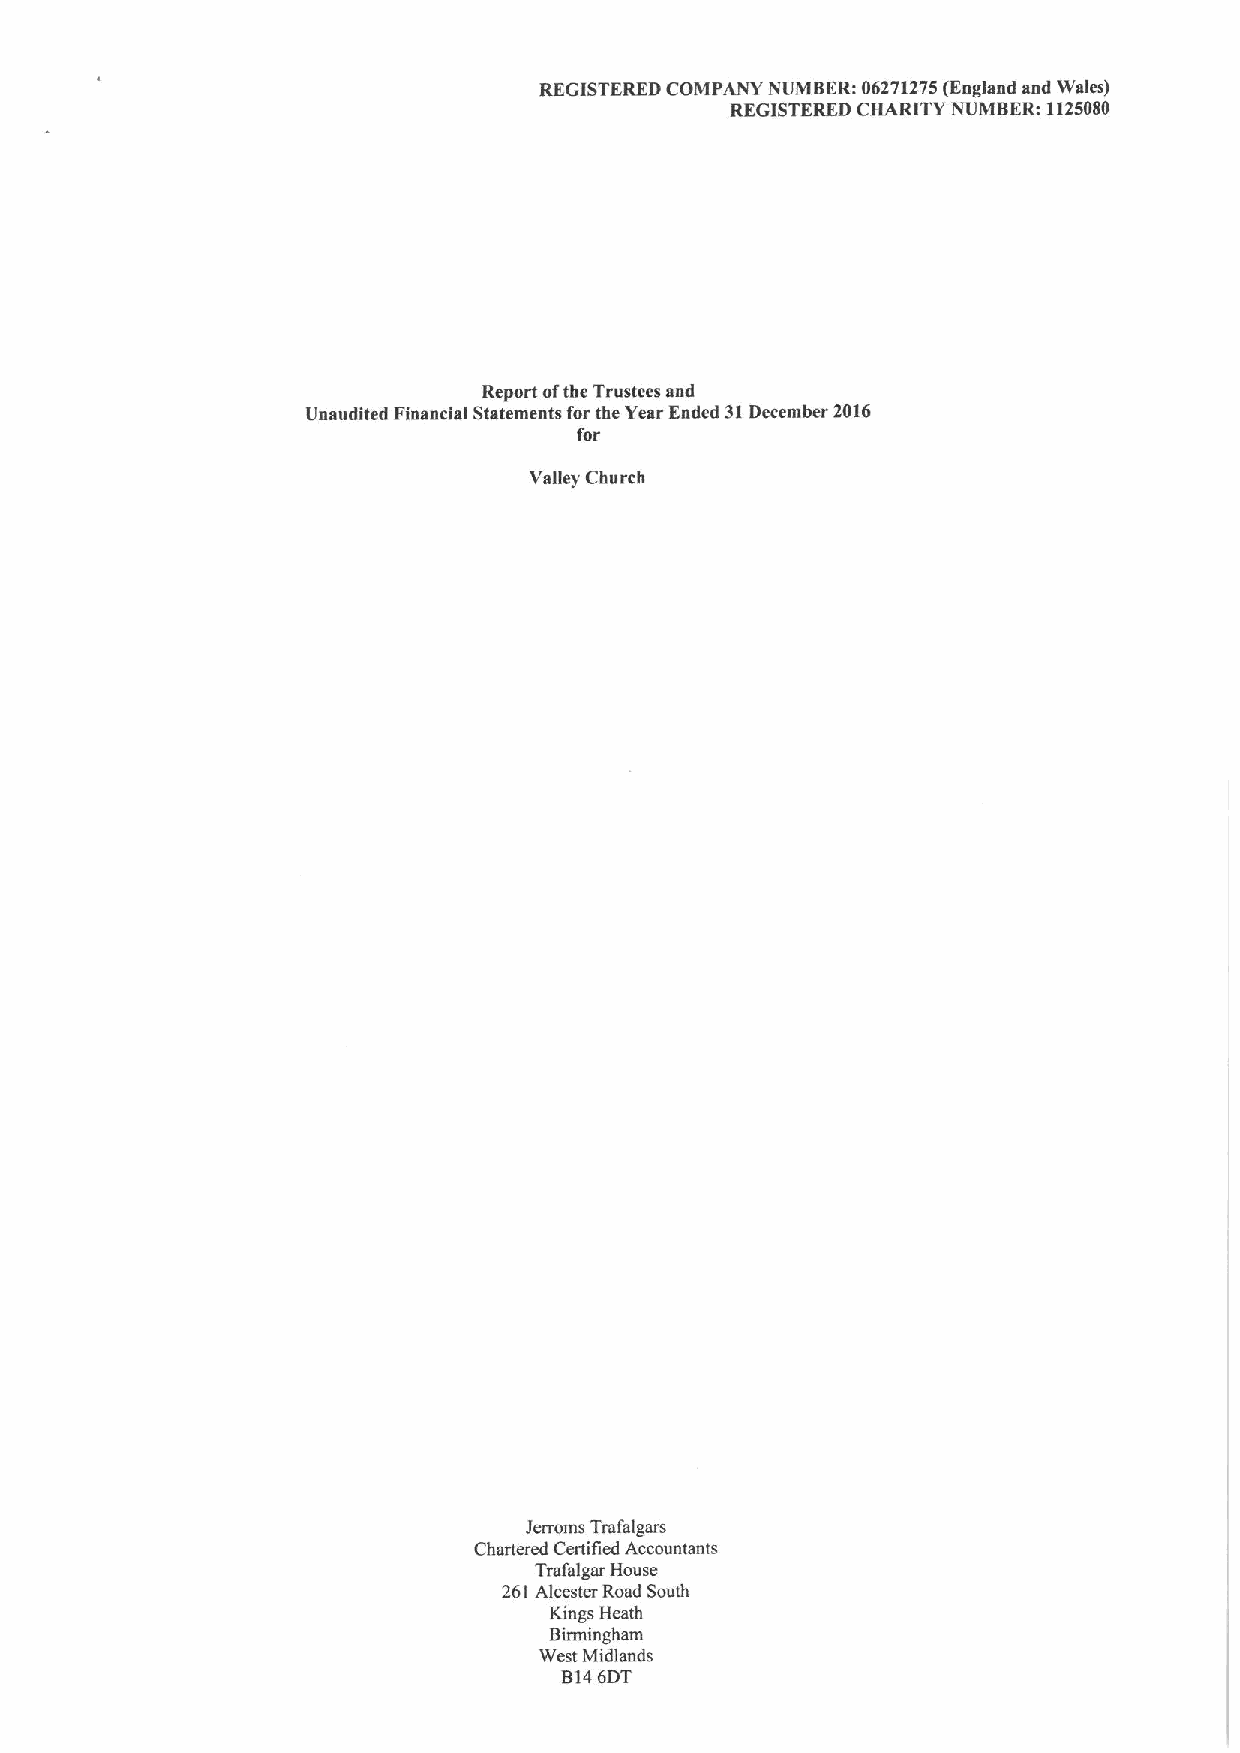
REGISTERED COMPANY NUMBERi 06271275(England and Wales)
 REGISTERED CHARITY NUMBER: 1125080
 Report oftbe Trustees and
 Unaudited Financial Statements for the Year Ended 31December 2016
 for
 Valley Church
 Jerroms Trafalgars
 Chartered Certified Accountants
 Trafalgar House
 261Alcester Road South
 Kings Heath
 Birmingham
 West Midlands
 BI46DT